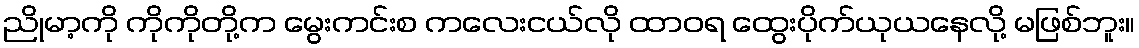
ညိုမာ့ကို ကိုကိုတို့က မွေးကင်းစ ကလေးငယ်လို ထာဝရ ထွေးပိုက်ယုယနေလို့ မဖြစ်ဘူး။